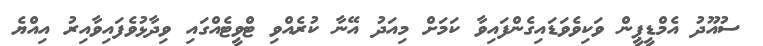
ސުއޫދު އެމްޑީޕީން ވަކިވެވަޑައިގެންފައިވާ ކަމަށް މިއަދު އޭނާ ކުރެއްވި ޓްވީޓެއްގައި ވިދާޅުވެފައިވާއިރު އިއްޔެ